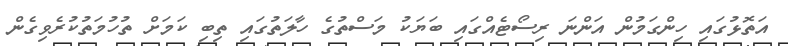
އަތޮޅުގައި ހިންގަމުން އަންނަ ރިސޯޓެއްގައި ބަޔަކު މަސްތުގެ ހާލަތުގައި ތިބި ކަމަށް ތުހުމަތުކުރެވިގެން